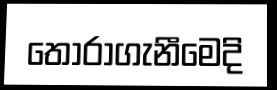
තෝරාගැනීමෙදි